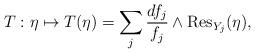
LaTeX: \begin{align*}T: \eta \mapsto T(\eta)= \sum_j \frac{df_j}{f_j} \wedge {\rm Res}_{Y_j}(\eta),\end{align*}